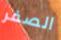
الصفر